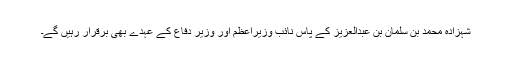
شہزادہ محمد بن سلمان بن عبدالعزیز کے پاس نائب وزیراعظم اور وزیر دفاع کے عہدے بھی برقرار رہیں گے۔